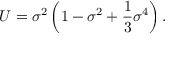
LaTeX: U = { \sigma } ^ { 2 } \left( 1 - { \sigma } ^ { 2 } + \frac { 1 } { 3 } { \sigma } ^ { 4 } \right) .